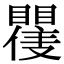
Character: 𭿪